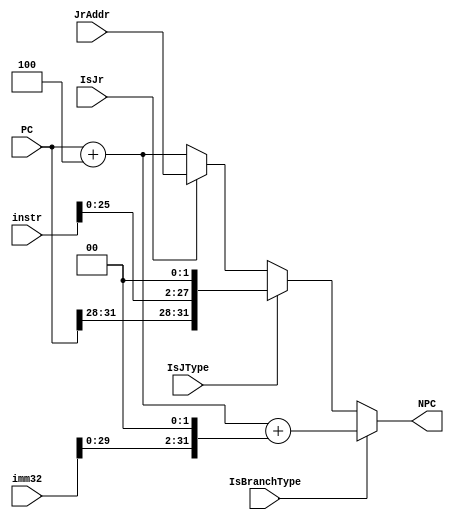
`timescale 1ns / 1ps
//////////////////////////////////////////////////////////////////////////////////
// Company: 
// Engineer: 
// 
// Design Name: 
// Module Name:    NPC 
// Project Name: 
// Target Devices: 
// Tool versions: 
// Description: 
//
// Dependencies: 
//
// Revision: 
// Revision 0.01 - File Created
// Additional Comments: 
//
//////////////////////////////////////////////////////////////////////////////////
module NPC(
    input [31:0] PC,
    input IsBranchType,
	 input IsJType,
	 input [31:0] instr,
	 input IsJr,
	 input [31:0] JrAddr,
    input [31:0] imm32,
    output reg [31:0] NPC
    );
	 always@(*) begin
		if (IsBranchType) begin
			NPC = PC + 4 + (imm32 << 2);
		end
		else if (IsJType) begin
			NPC = {PC[31:28], instr[25:0], 2'b00};
		end
		else if (IsJr) begin
			NPC = JrAddr;
		end
		else begin
			NPC = PC + 4;
		end
	 end

endmodule